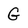
Character: G